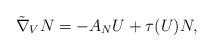
LaTeX: \begin{align*}\tilde{\nabla}_{V}N=-A_{N}U+\tau (U)N, \end{align*}